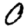
Digit: 0